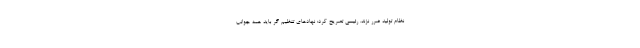
نظام تولید ضرر نزند. رئیسی تصریح کرد: نهادهای تنظیم گر باید همه جوانب